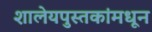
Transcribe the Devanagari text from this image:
शालेयपुस्तकांमधून